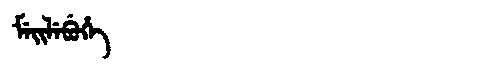
Manchu: ᠮᡝᡳᠯᡝᠪᡠᡥᡝ
Romanization: MEILEBUHE